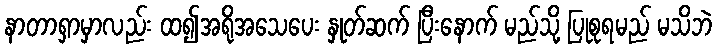
နာတာရှာမှာလည်း ထ၍အရိုအသေပေး နှုတ်ဆက် ပြီးနောက် မည်သို့ ပြုစုရမည် မသိဘဲ